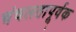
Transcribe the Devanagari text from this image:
चंचलतापूर्वक